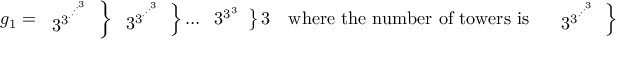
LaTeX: g _ { 1 } = \left. { \begin{array} { l } { 3 ^ { 3 ^ { \cdot ^ { \cdot ^ { \cdot ^ { \cdot ^ { 3 } } } } } } } \end{array} } \right\} \left. { \begin{array} { l } { 3 ^ { 3 ^ { \cdot ^ { \cdot ^ { \cdot ^ { 3 } } } } } } \end{array} } \right\} \dots \left. { \begin{array} { l } { 3 ^ { 3 ^ { 3 } } } \end{array} } \right\} 3 \quad { \mathrm { w h e r e ~ t h e ~ n u m b e r ~ o f ~ t o w e r s ~ i s } } \quad \left. { \begin{array} { l } { 3 ^ { 3 ^ { \cdot ^ { \cdot ^ { \cdot ^ { 3 } } } } } } \end{array} } \right\} \left. { \begin{array} { l } { 3 ^ { 3 ^ { 3 } } } \end{array} } \right\} 3